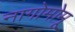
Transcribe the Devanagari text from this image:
नागोमोमू